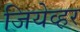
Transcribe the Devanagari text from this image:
जियेव्हर